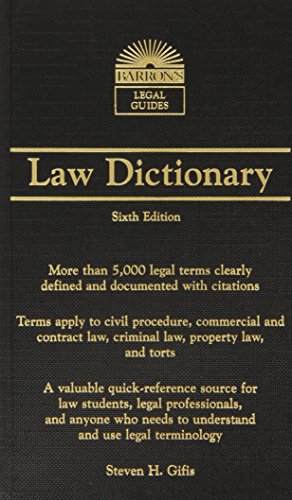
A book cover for Barron's Law Dictionary: Mass Market Edition (Barron's Legal Guides); Steven H. Gifis; Law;